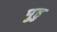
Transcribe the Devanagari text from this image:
पुडु